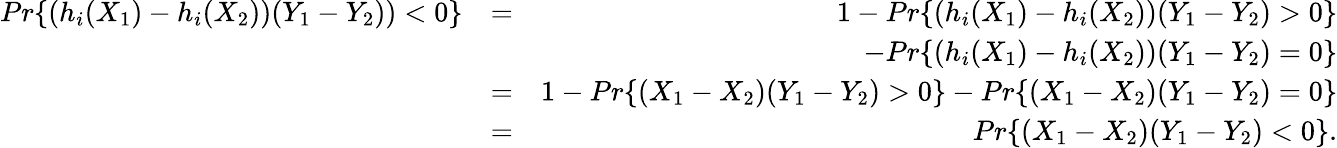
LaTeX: \begin{array}{rlr}{Pr\{ (h_{i}(X_{1})-h_{i}(X_{2}))(Y_{1}-Y_{2}))<0\} }&{=}&{1-Pr\{ (h_{i}(X_{1})-h_{i}(X_{2}))(Y_{1}-Y_{2})>0\} }\\ &{}&{-Pr\{ (h_{i}(X_{1})-h_{i}(X_{2}))(Y_{1}-Y_{2})=0\} }\\ &{=}&{1-Pr\{ (X_{1}-X_{2})(Y_{1}-Y_{2})>0\} -Pr\{ (X_{1}-X_{2})(Y_{1}-Y_{2})=0\} }\\ &{=}&{Pr\{ (X_{1}-X_{2})(Y_{1}-Y_{2})<0\} .}\end{array}